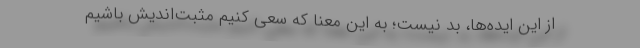
از این ایده‌ها، بد نیست؛ به این معنا که سعی کنیم مثبت‌اندیش باشیم